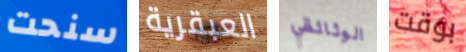
سنحت العبقرية الوثائقي بوقت